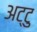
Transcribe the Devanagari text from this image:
अट्टु